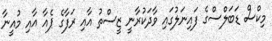
މިކްސް ޑަބަލްސްގެ ފައިނަލުގައި ވާދަކުރާނީ ޒީސްތު އާއި ރަފާގެ ޕެއާ އާއި މުއީނާ